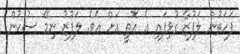
ފަހަތުން ލަފުޒާ ގުޅިފައި އެ އޮތީ އަށް އެވެ. ލަފުޒު ނިމޭ ސުކުން